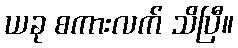
ယခု စကားလက် သိပြီ။